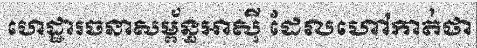
ហេដ្ឋារចនាសម្ព័ន្ធអាស៊ី ដែលហៅកាត់ថា